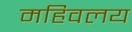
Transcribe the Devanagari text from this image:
महिवलय